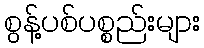
စွန့်ပစ်ပစ္စည်းများ